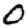
Digit: 0